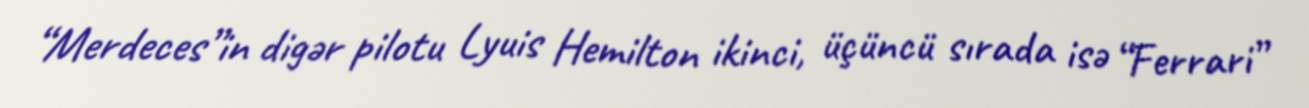
“Merdeces”in digər pilotu Lyuis Hemilton ikinci, üçüncü sırada isə “Ferrari”